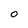
Character: 0